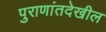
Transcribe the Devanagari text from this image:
पुराणांतदेखील